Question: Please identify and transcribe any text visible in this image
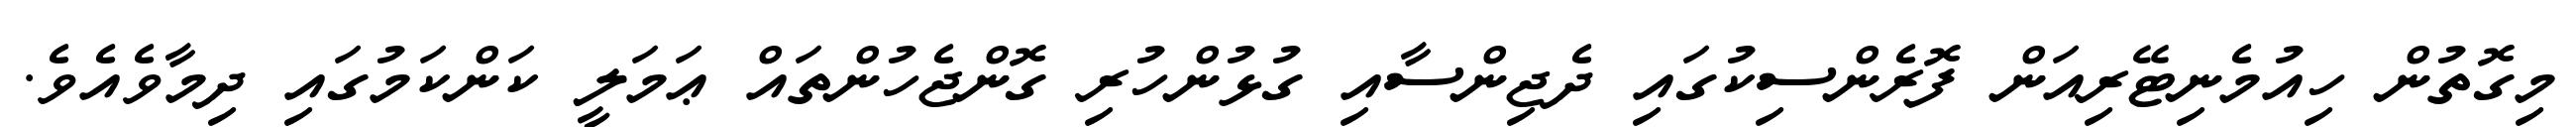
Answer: މިގޮތުން ހިއުމެނިޓޭރިއަން ފޮރެންސިކުގައި ދެޖިންސާއި ގުޅުންހުރި ގޮންޖެހުންތައް ޢަމަލީ ކަންކަމުގައި ދިމާވެއެވެ.